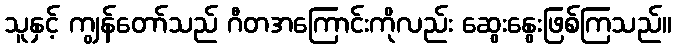
သူနှင့် ကျွန်တော်သည် ဂီတအကြောင်းကိုလည်း ဆွေးနွေးဖြစ်ကြသည်။